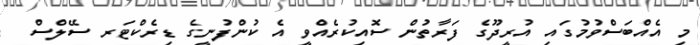
މި އެއްބަސްވުމުގައި އުރީދޫގެ ފަރާތުން ސޮއިކުރެއްވީ އެ ކުންފުނީގެ ޑިރެކްޓަރ ސޭލްސް